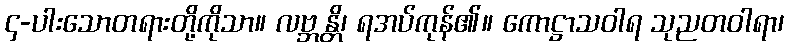
၄-ပါးသောတရားတို့ကိုသာ။ လဗ္ဘန္တိ၊ ရအပ်ကုန်၏။ ကောဋ္ဌာသဝါရ သုညတဝါရာ၊